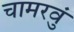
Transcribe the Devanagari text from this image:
चामरवुं